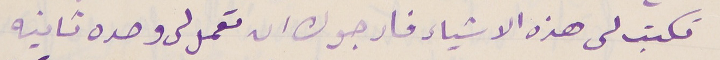
تكتب لى هذه الاشياء فارجوك ان تعمل لى وحده تانيه